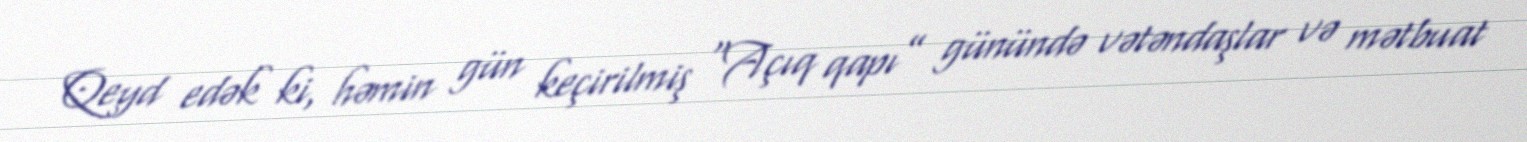
Qeyd edək ki, həmin gün keçirilmiş “Açıq qapı” günündə vətəndaşlar və mətbuat